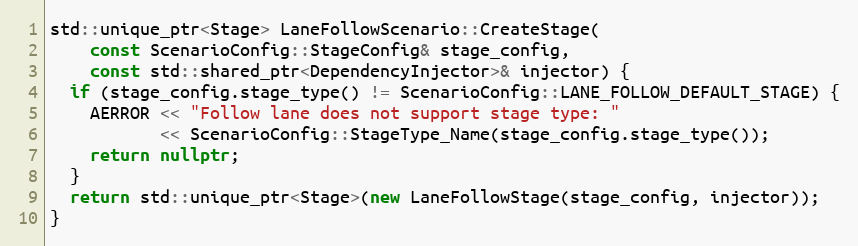
Language: C++
std::unique_ptr<Stage> LaneFollowScenario::CreateStage(
    const ScenarioConfig::StageConfig& stage_config,
    const std::shared_ptr<DependencyInjector>& injector) {
  if (stage_config.stage_type() != ScenarioConfig::LANE_FOLLOW_DEFAULT_STAGE) {
    AERROR << "Follow lane does not support stage type: "
           << ScenarioConfig::StageType_Name(stage_config.stage_type());
    return nullptr;
  }
  return std::unique_ptr<Stage>(new LaneFollowStage(stage_config, injector));
}